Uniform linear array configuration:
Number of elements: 8
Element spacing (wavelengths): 0.75
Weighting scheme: exponential
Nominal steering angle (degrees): -60
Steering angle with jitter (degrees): -58.735
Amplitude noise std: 0.05
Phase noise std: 0.05

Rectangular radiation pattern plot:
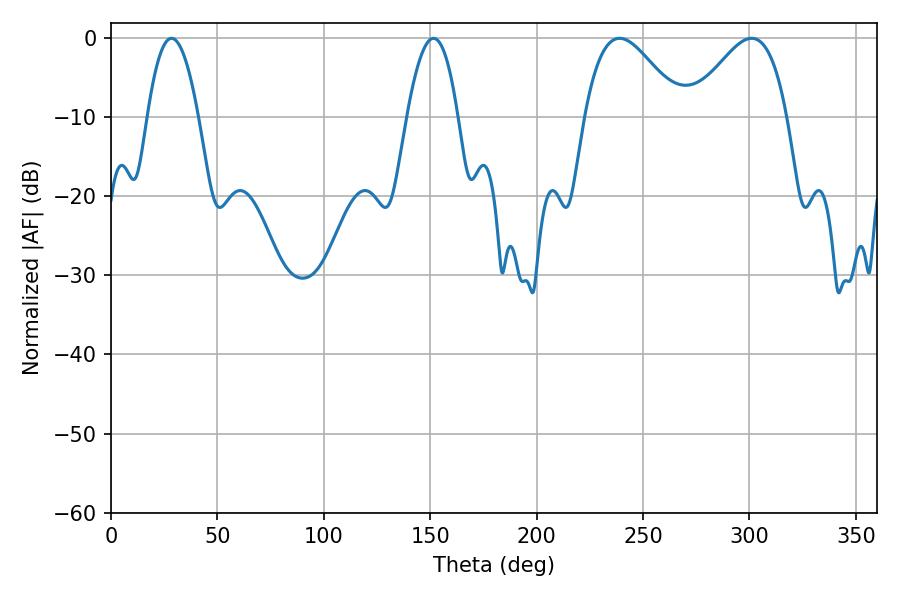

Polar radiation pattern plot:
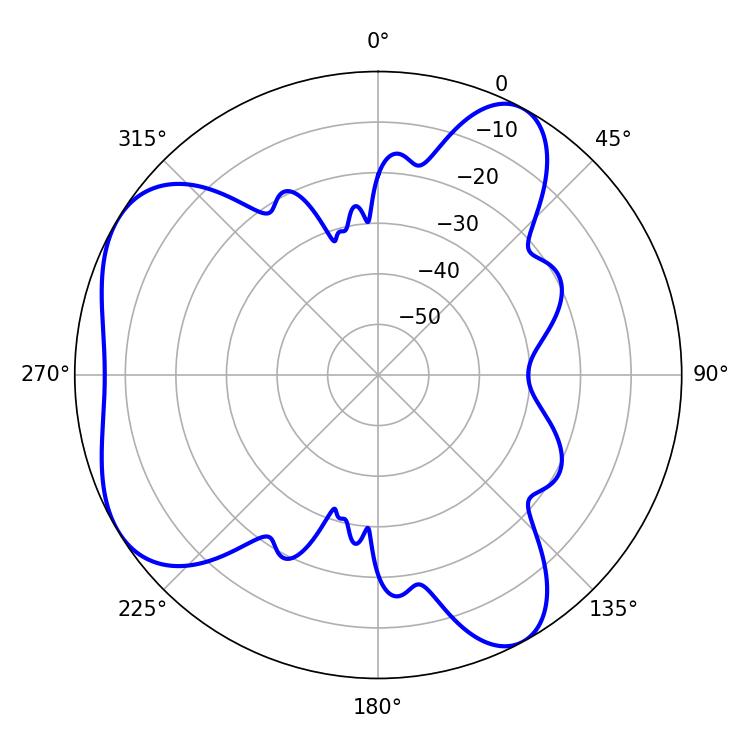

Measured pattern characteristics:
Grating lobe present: TRUE
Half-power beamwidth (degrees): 13.14
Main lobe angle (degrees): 28.44